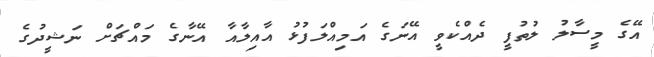
އޭގެ މީސާލު ލުތުފީ ދެއްކެވީ އޭނަގެ އަމިއްލަފުޅު އާއިލާއާ އޭނާގެ މައްޗަށް ނަޝީދުގެ